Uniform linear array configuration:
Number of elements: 8
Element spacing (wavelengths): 0.25
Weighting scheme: kaiser
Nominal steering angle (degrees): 45
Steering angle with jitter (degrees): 44.179
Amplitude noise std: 0.05
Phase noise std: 0.05

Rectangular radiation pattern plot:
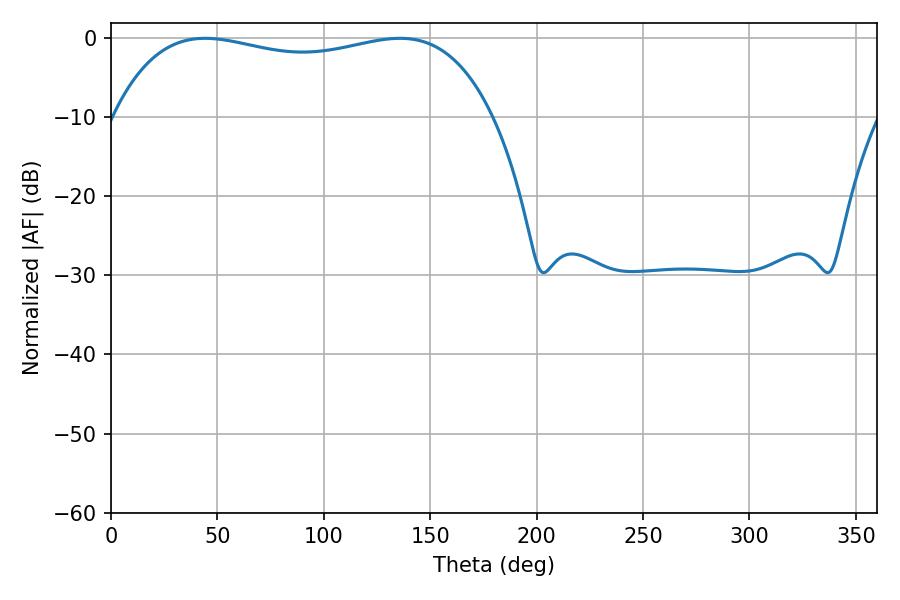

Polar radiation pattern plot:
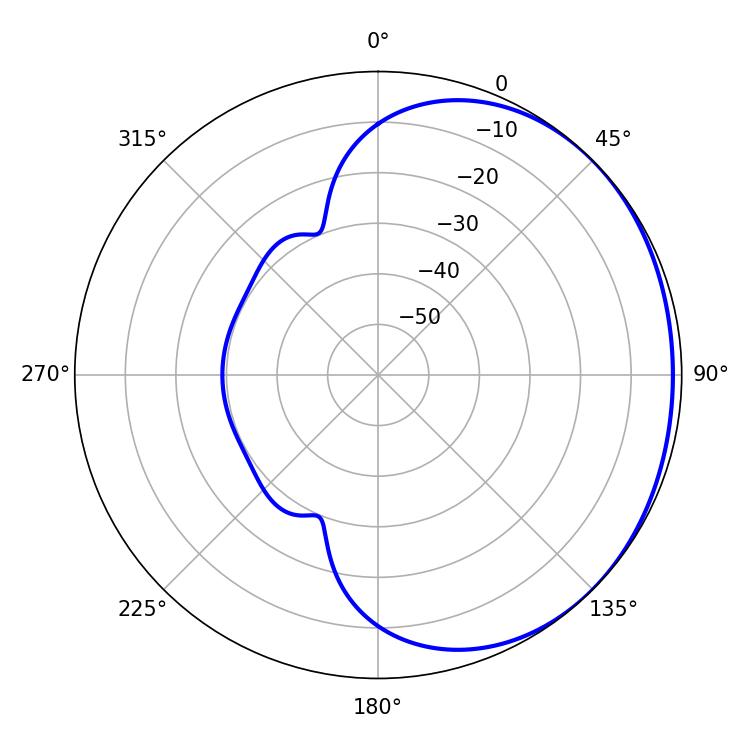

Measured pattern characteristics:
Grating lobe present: FALSE
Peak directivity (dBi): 0.9968
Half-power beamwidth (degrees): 144.36
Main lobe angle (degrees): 44.28